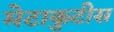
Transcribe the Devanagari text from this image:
मेटाकुटीस